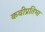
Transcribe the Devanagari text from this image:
कवीप्रतिभा